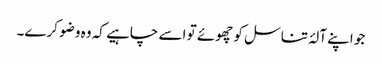
جو اپنے آلۂ تناسل کو چھوئے تو اسے چاہیے کہ وہ وضو کرے۔